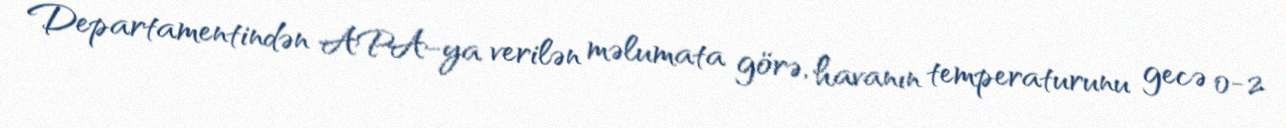
Departamentindən APA-ya verilən məlumata görə, havanın temperaturunu gecə 0-2